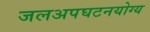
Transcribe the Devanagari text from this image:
जलअपघटनयोग्य